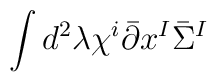
\int d^2\lambda  \chi^i\bar \partial x^I\bar \Sigma^I